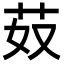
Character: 𦬻